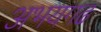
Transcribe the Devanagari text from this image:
अभयगढ